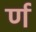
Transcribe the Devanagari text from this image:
र्ण